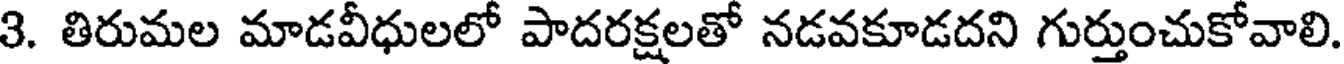
3. తిరుమల మాడవీధులలో పాదరక్షలతో నడవకూడదని గుర్తుంచుకోవాలి.